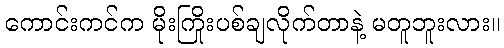
ကောင်းကင်က မိုးကြိုးပစ်ချလိုက်တာနဲ့ မတူဘူးလား။